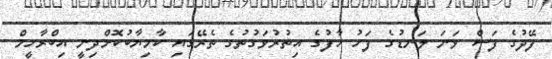
ފޭދުގެ ފަސް ވަނަ ލަނޑުގެ ފަހު ހާފުގެ އިތުރުވަގުތުގެ ތެރޭގައި ކާމިޔާބުކޮށްދިނީ އިބްރާހީމް